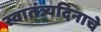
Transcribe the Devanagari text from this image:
स्वातंत्र्यदिनाचे